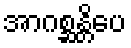
အာဂစ္ဆန္တိပေ